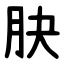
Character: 䏐